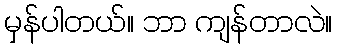
မှန်ပါတယ်။ ဘာ ကျန်တာလဲ။